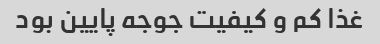
غذا کم و کیفیت جوجه پایین بود